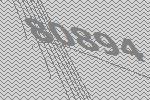
80894